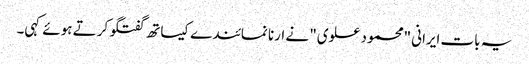
یہ بات ایرانی "محمود علوی" نے ارنا نمائندے کیساتھ گفتگو کرتے ہوئے کہی۔